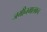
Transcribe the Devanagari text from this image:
जमीनमालकच